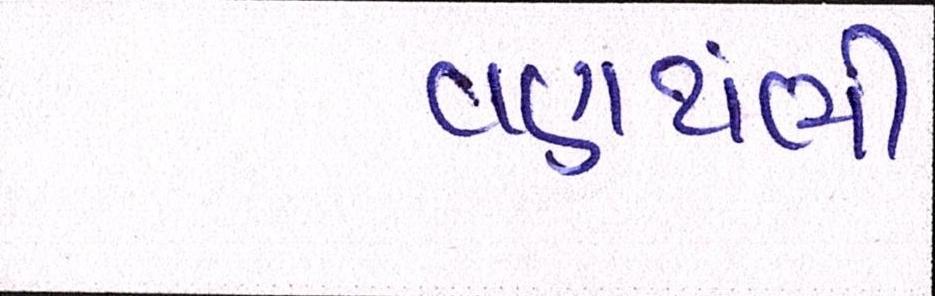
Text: વણથંભી